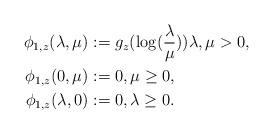
LaTeX: \begin{align*} \phi_{1,z}(\lambda,\mu) &:= g_z(\log(\frac{\lambda}{\mu})) \lambda,\mu>0,\\ \phi_{1,z}(0,\mu) &:= 0,\mu\geq 0,\\ \phi_{1,z}(\lambda,0) &:= 0,\lambda\geq 0. \end{align*}